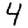
Digit: 4